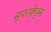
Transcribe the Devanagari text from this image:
सुपरफ्रेंड्स